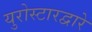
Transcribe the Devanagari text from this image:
युरोस्टारद्वारे